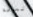
تعرفة